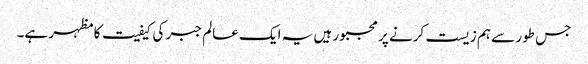
جس طور سے ہم زیست کرنے پر مجبور ہیں یہ ایک عالم جبر کی کیفیت کا مظہر ہے۔